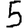
Digit: 5